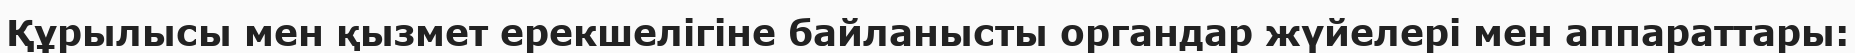
Құрылысы мен қызмет ерекшелігіне байланысты органдар жүйелері мен аппараттары: